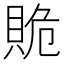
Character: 𧵥